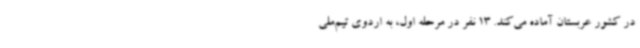
در کشور عربستان آماده می‌کند. 13 نفر در مرحله اول، به اردوی تیم‌ملی